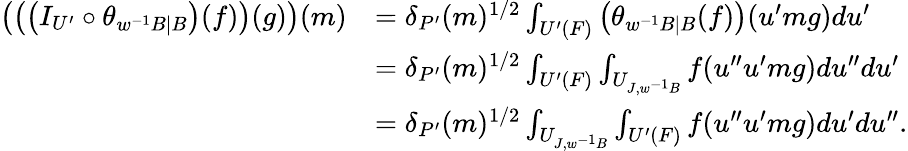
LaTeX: \begin{array}{rl}{\left(\left(\left(I_{U^{\prime}}\circ\theta_{w^{-1}B\mid B}\right)(f)\right)(g)\right)(m)}&{=\delta_{P^{\prime}}(m)^{1/2}\int_{U^{\prime}(F)}\left(\theta_{w^{-1}B\mid B}(f)\right)(u^{\prime}mg)du^{\prime}}\\ &{=\delta_{P^{\prime}}(m)^{1/2}\int_{U^{\prime}(F)}\int_{U_{J,w^{-1}B}}f(u^{\prime\prime}u^{\prime}mg)du^{\prime\prime}du^{\prime}}\\ &{=\delta_{P^{\prime}}(m)^{1/2}\int_{U_{J,w^{-1}B}}\int_{U^{\prime}(F)}f(u^{\prime\prime}u^{\prime}mg)du^{\prime}du^{\prime\prime}.}\end{array}